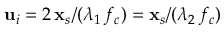
\mathbf { u } _ { i } = 2 \, \mathbf { x } _ { s } / ( \lambda _ { 1 } \, f _ { c } ) = \mathbf { x } _ { s } / ( \lambda _ { 2 } \, f _ { c } )